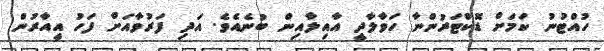
ހުއްޓުނު ކަމަށް ޑޮކްޓަރުންނާ ހަވާލާދީ އާއިލާއިން ބުނެއެވެ. އަދި ފަރުވާއަށް ފަހު އީއާރުން